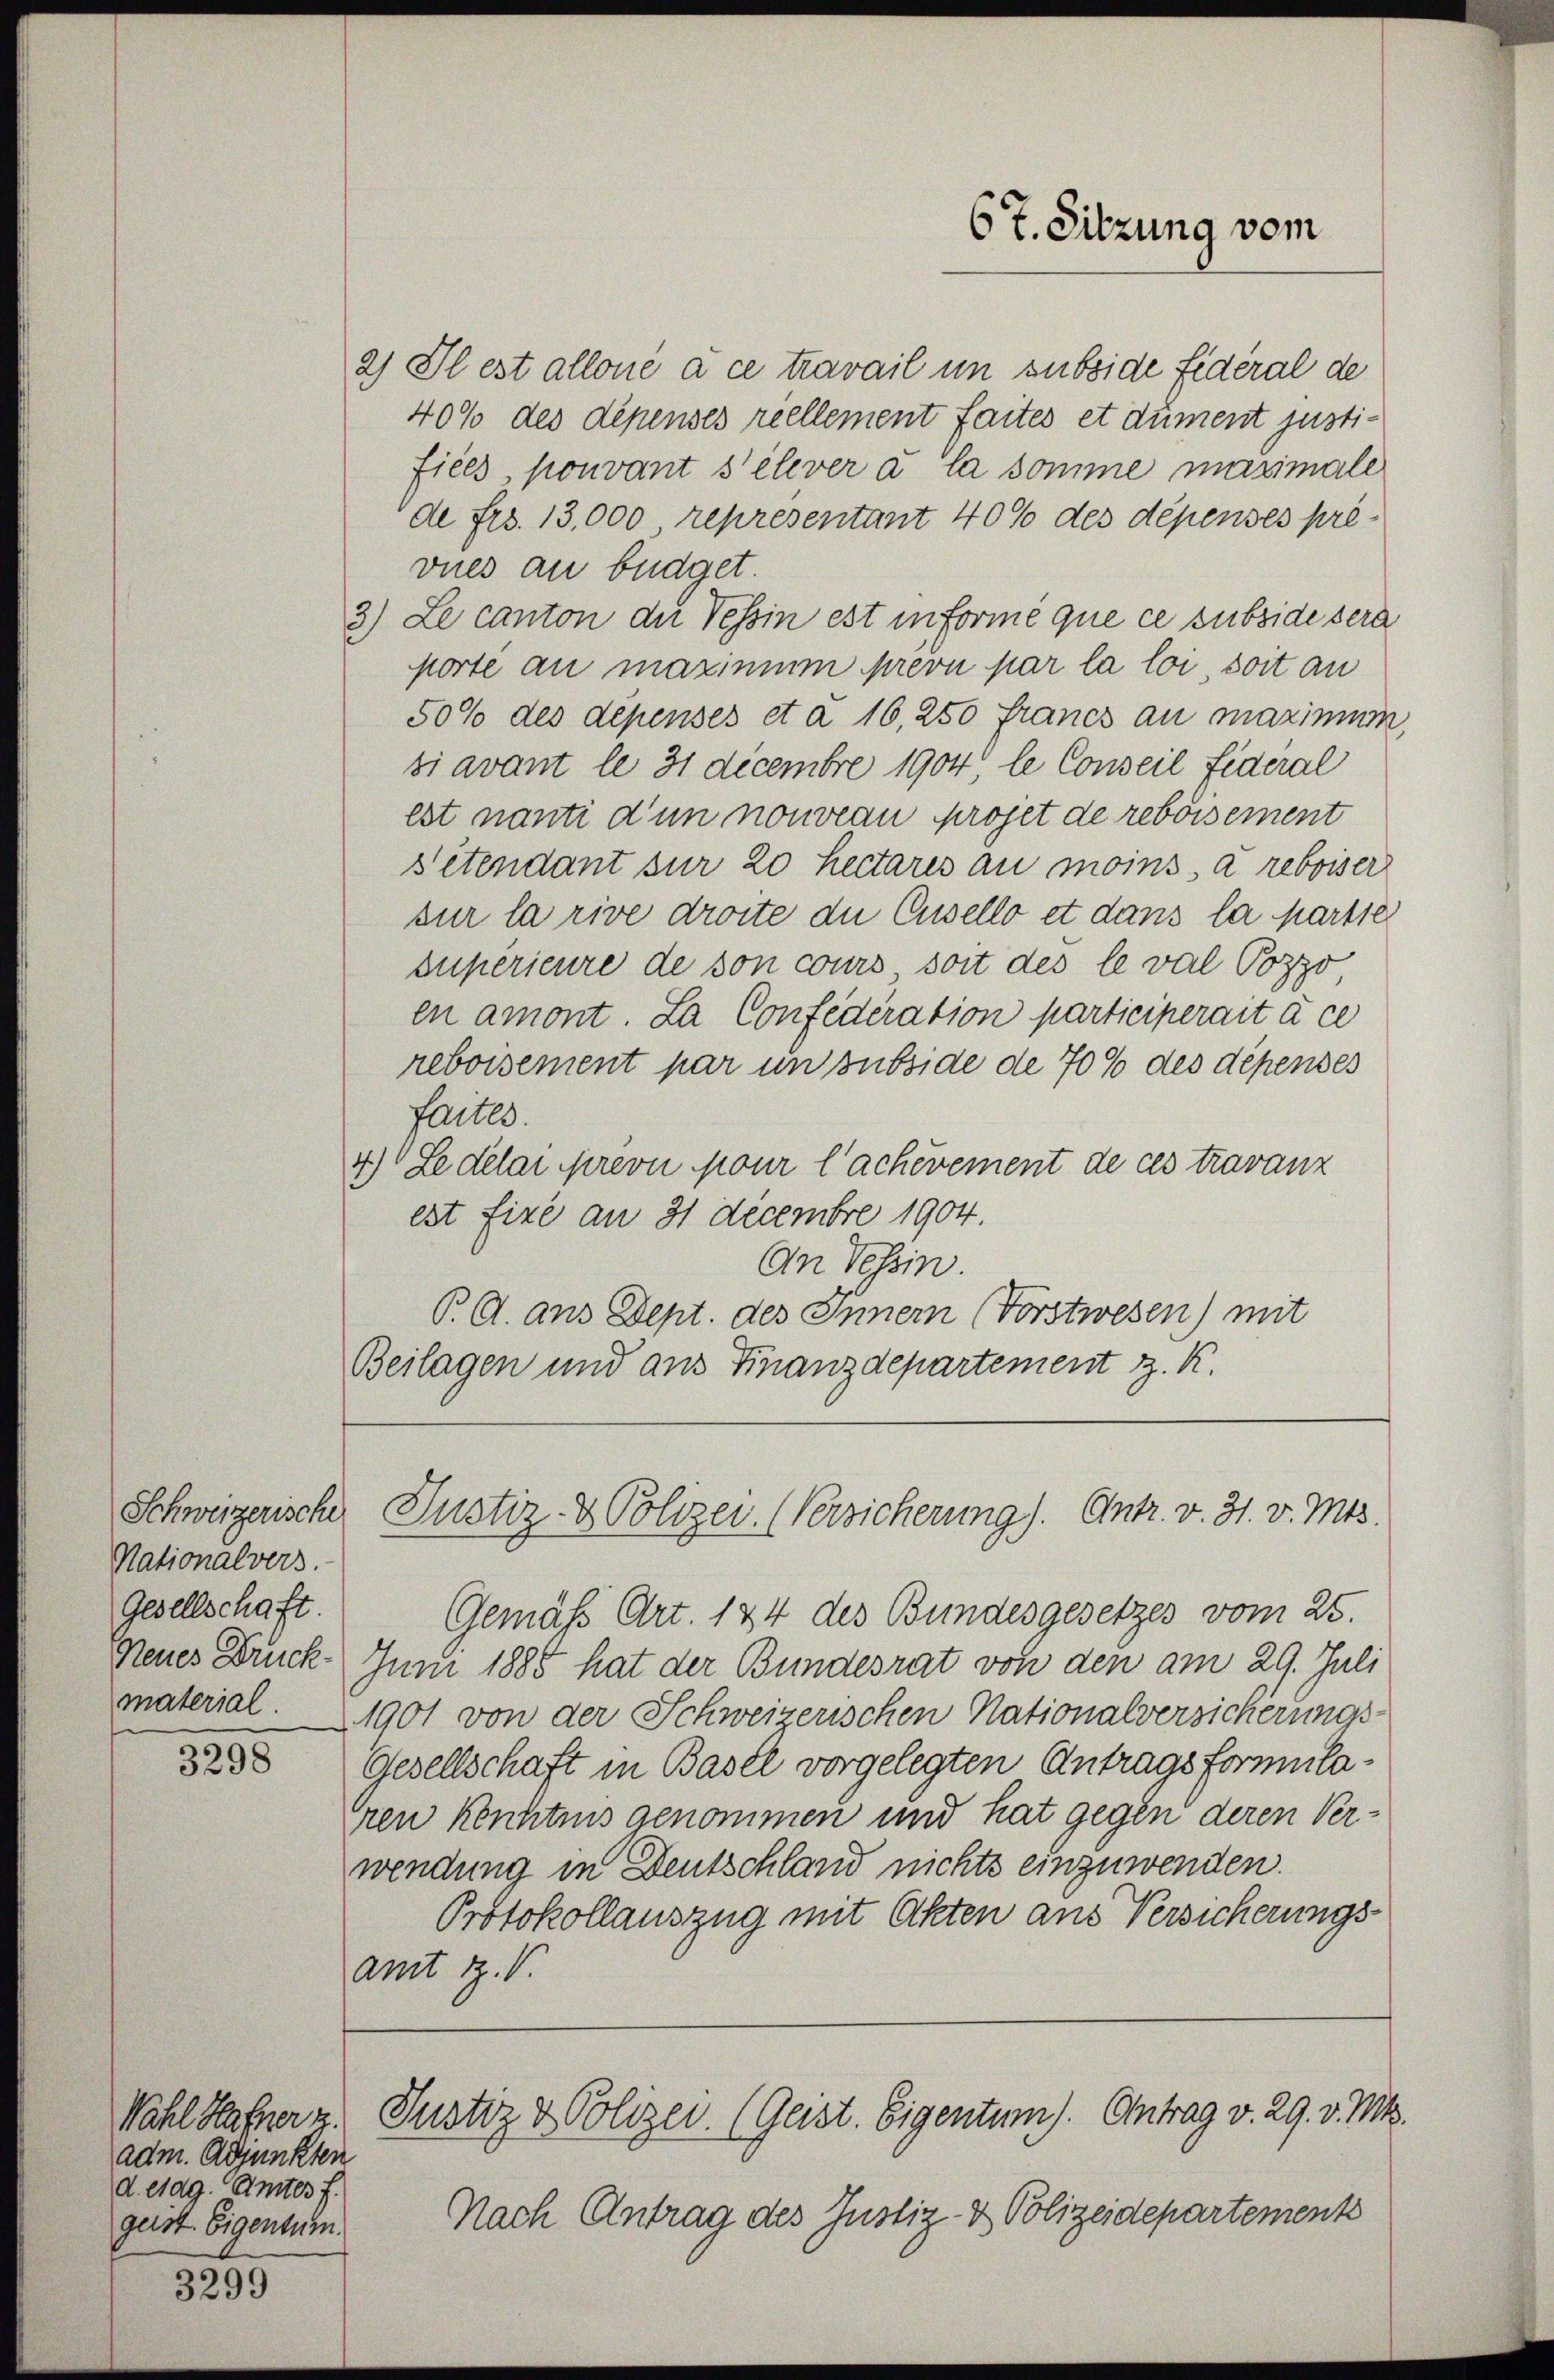
Schweizerische
Nationalvers.
Gesellschaft.
Neues Druck.

3298

Wahl Hafner z.
adm. Adjunkten
d. etag. Amtes F.
geist. Eigentum.

3299

2) Il est allone à ce travail um subside fidéral de
40% des dépenses reellement faites et dument justifiees, pouvant s’élever à la somme maximale
de frs. 13,000 representant 40% des dépenses pré-
vues an büdget.
3.) Le canton der Tessin est in Forme que ce subside sera
porte an marinium prevu par la loi, soit an
50% des dépensés et a 16, 250 francs au maximum
siavant le 31 decembre 1904, le Conseil Federal
est nanti d’un nouveau projet de reboisement
sitendant für 20 Lectares au moins, a reboiser
sur la rive droite die Cuvello et dans la partie
supérieure de son cours, soit des le val Pozzo
en amont. La Confederation participerait à ce
reboisement par un subside de 70 % des dépenses
factes.
4) Le délai prevu pour l’achevement de ces travanz
est fixe an 31 Decembre 1904.
An Tessin.
B. G. aus Dept. des Innern (Forstwesen) mit
Beilagen und aus Finanzdepartement z. K.
Justiz- & Polizei. (Versicherung). Antr. v. 31. v. Mts.
Gemäß Art. 184 des Bundesgesetzes vom 25.
Juni 1885 hat der Bundesrat von den am 29. Juli
material. 1901 von der Schweizerischen Nationalversicherungs-
Gesellschaft in Basel vorgelegten Antragsformulaeren Kenntnis genommen und hat gegen deren Verwendung in Deutschland nichts einzuwenden.
Protokollauszug mit Akten aus Versicherungsamt R. V.
Justiz & Polizei. (Geist. Eigentum). Antrag v. 29. v. Mts.
Nach Antrag des Justiz- & Polizeidepartements

67. Sitzung vom